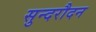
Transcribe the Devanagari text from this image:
सुन्दरौदन